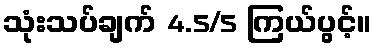
သုံးသပ်ချက် 4.5/5 ကြယ်ပွင့်။